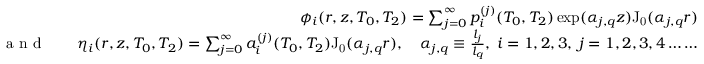
\begin{array} { r l r } & { } & { \phi _ { i } ( r , z , T _ { 0 } , T _ { 2 } ) = \sum _ { j = 0 } ^ { \infty } p _ { i } ^ { ( j ) } ( T _ { 0 } , T _ { 2 } ) \exp ( \alpha _ { j , q } z ) \mathrm { J _ { 0 } } ( \alpha _ { j , q } r ) } \\ { \textrm { a n d } } & { } & { \eta _ { i } ( r , z , T _ { 0 } , T _ { 2 } ) = \sum _ { j = 0 } ^ { \infty } a _ { i } ^ { ( j ) } ( T _ { 0 } , T _ { 2 } ) \mathrm { J _ { 0 } } ( \alpha _ { j , q } r ) , \quad \alpha _ { j , q } \equiv \frac { l _ { j } } { l _ { q } } , \; i = 1 , 2 , 3 , \; j = 1 , 2 , 3 , 4 \ldots \dots } \end{array}